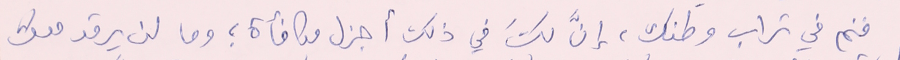
فنم في تراب وطنك، إنَّ لكَ في ذلك أجزل مكافأة ؛ وما لن يرقد معك